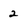
Character: 2